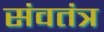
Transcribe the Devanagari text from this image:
संवतंत्र